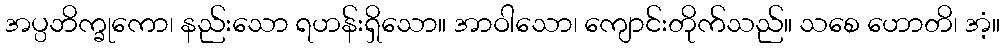
အပ္ပဘိက္ခုကော၊ နည်းသော ရဟန်းရှိသော။ အာဝါသော၊ ကျောင်းတိုက်သည်။ သစေ ဟောတိ၊ အံ့။